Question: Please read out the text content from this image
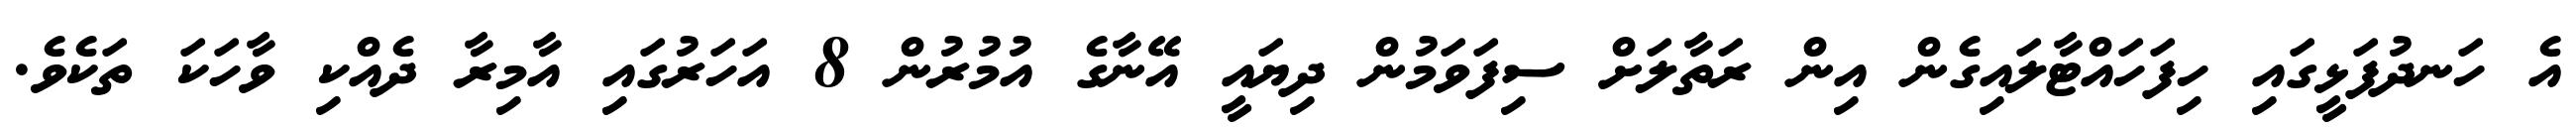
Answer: އެ ހަނދުފަޅީގައި ހިފަހައްޓާލައިގެން އިން ރަތާލަށް ސިފަވަމުން ދިޔައީ އޭނާގެ އުމުރުން 8 އަހަރުގައި އާމިރާ ދެއްކި ވާހަކަ ތަކެވެ.